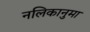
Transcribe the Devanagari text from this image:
नलिकानुमा